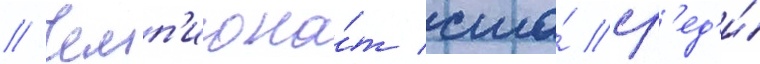
// Чемп'иона́т сша́ ср'ед'и́